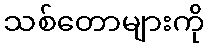
သစ်တောများကို